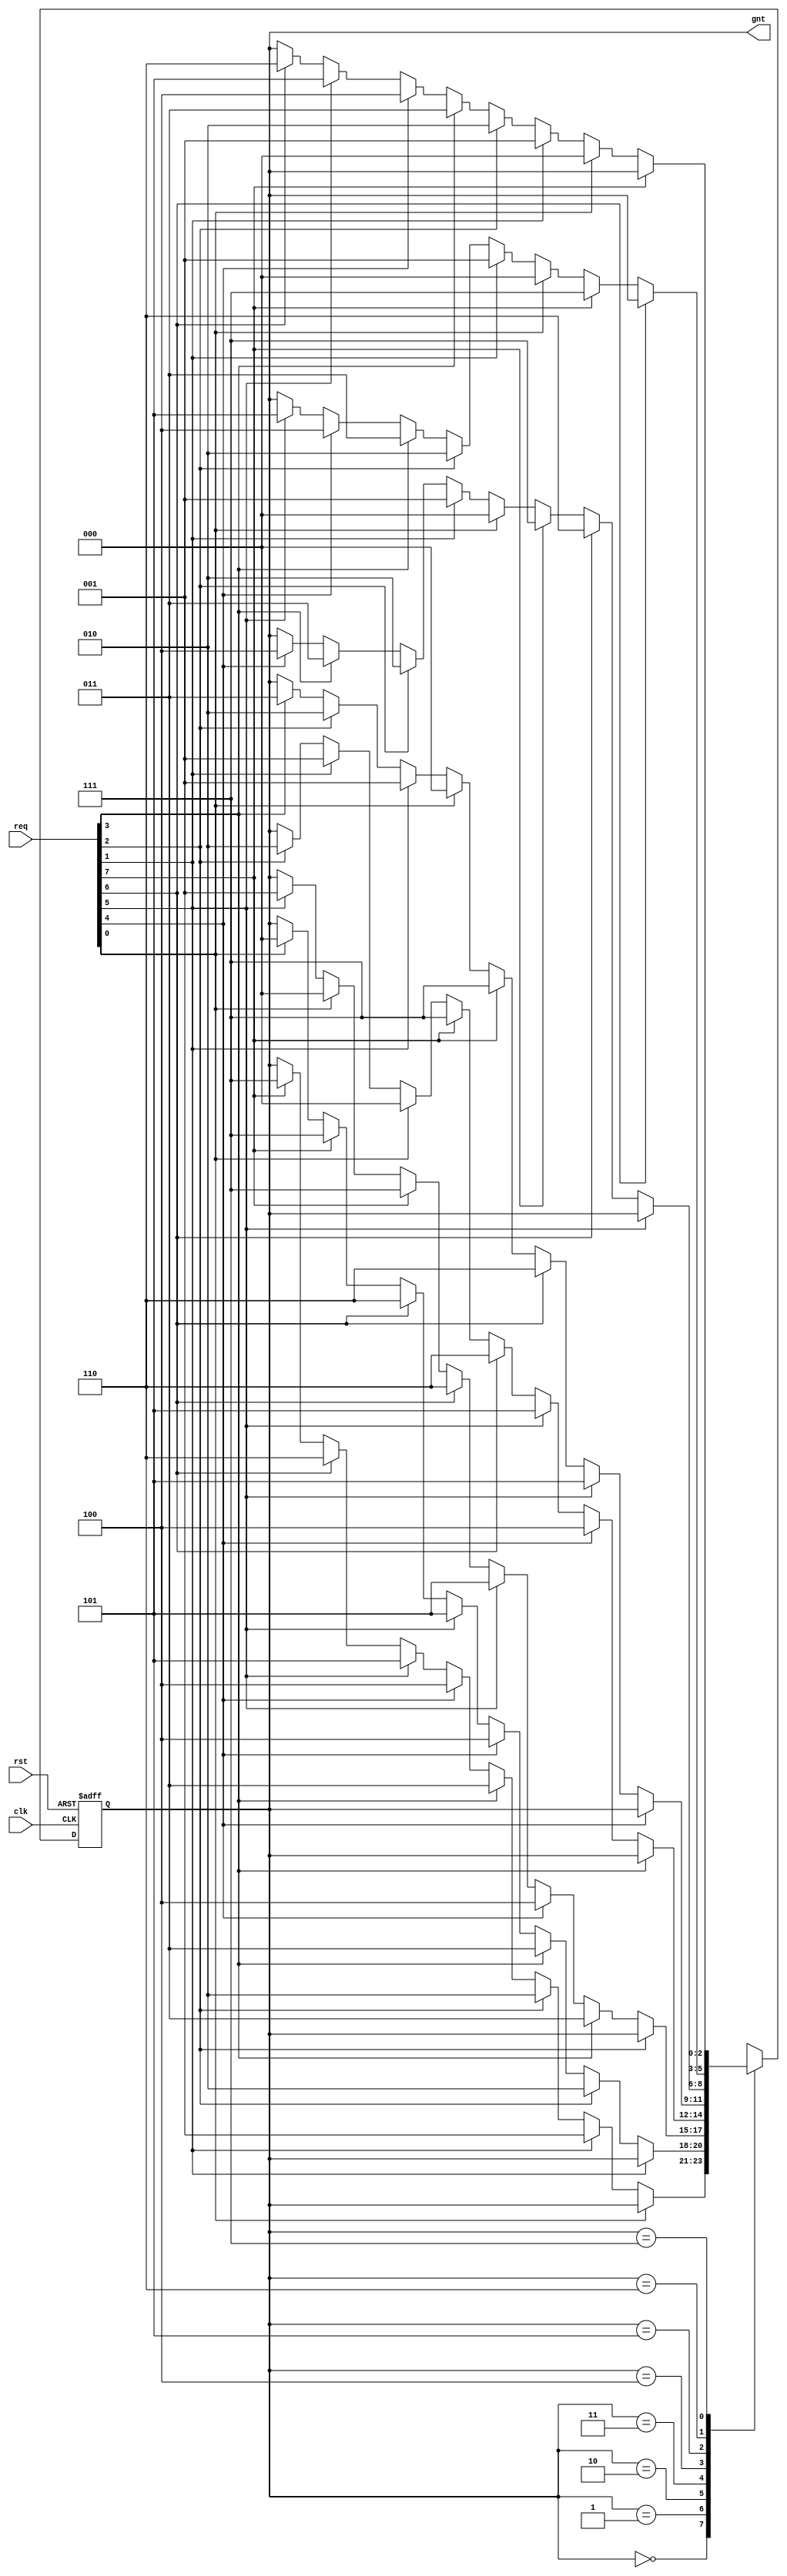
module wb_conbus_arb(clk, rst, req, gnt);

input		clk;
input		rst;
input	[7:0]	req;		// Req input
output	[2:0]	gnt; 		// Grant output conceder salida
//input		next;		// Next Target

///////////////////////////////////////////////////////////////////////
//
// Parameters
//


parameter	[2:0]
                grant0 = 3'h0,
                grant1 = 3'h1,
                grant2 = 3'h2,
                grant3 = 3'h3,
                grant4 = 3'h4,
                grant5 = 3'h5,
                grant6 = 3'h6,
                grant7 = 3'h7;

///////////////////////////////////////////////////////////////////////
//
// Local Registers and Wires
//

reg [2:0]	state, next_state;

///////////////////////////////////////////////////////////////////////
//
//  Misc Logic 
//

assign	gnt = state;

always@(posedge clk or posedge rst)
	if(rst)		state <= grant0;
	else		state <= next_state;

///////////////////////////////////////////////////////////////////////
//
// Next State Logic
//   - implements round robin arbitration algorithm comenzando desde el primer elemeto de la lista hasta llegar al ultimo y luego vuvle de nuevo al primero
//   - switches grant if current req is dropped or next is asserted
//   - parks at last grant
//

always@(state or req )
   begin
	next_state = state;	// Default Keep State
	case(state)		// synopsys parallel_case full_case
 	   grant0:
		// if this req is dropped or next is asserted, check for other req's
		if(!req[0] )
		   begin
			if(req[1])	next_state = grant1;
			else
			if(req[2])	next_state = grant2;
			else
			if(req[3])	next_state = grant3;
			else
			if(req[4])	next_state = grant4;
			else
			if(req[5])	next_state = grant5;
			else
			if(req[6])	next_state = grant6;
			else
			if(req[7])	next_state = grant7;
		   end
 	   grant1:
		// if this req is dropped or next is asserted, check for other req's
		if(!req[1] )
		   begin
			if(req[2])	next_state = grant2;
			else
			if(req[3])	next_state = grant3;
			else
			if(req[4])	next_state = grant4;
			else
			if(req[5])	next_state = grant5;
			else
			if(req[6])	next_state = grant6;
			else
			if(req[7])	next_state = grant7;
			else
			if(req[0])	next_state = grant0;
		   end
 	   grant2:
		// if this req is dropped or next is asserted, check for other req's
		if(!req[2] )
		   begin
			if(req[3])	next_state = grant3;
			else
			if(req[4])	next_state = grant4;
			else
			if(req[5])	next_state = grant5;
			else
			if(req[6])	next_state = grant6;
			else
			if(req[7])	next_state = grant7;
			else
			if(req[0])	next_state = grant0;
			else
			if(req[1])	next_state = grant1;
		   end
 	   grant3:
		// if this req is dropped or next is asserted, check for other req's
		if(!req[3] )
		   begin
			if(req[4])	next_state = grant4;
			else
			if(req[5])	next_state = grant5;
			else
			if(req[6])	next_state = grant6;
			else
			if(req[7])	next_state = grant7;
			else
			if(req[0])	next_state = grant0;
			else
			if(req[1])	next_state = grant1;
			else
			if(req[2])	next_state = grant2;
		   end
 	   grant4:
		// if this req is dropped or next is asserted, check for other req's
		if(!req[4] )
		   begin
			if(req[5])	next_state = grant5;
			else
			if(req[6])	next_state = grant6;
			else
			if(req[7])	next_state = grant7;
			else
			if(req[0])	next_state = grant0;
			else
			if(req[1])	next_state = grant1;
			else
			if(req[2])	next_state = grant2;
			else
			if(req[3])	next_state = grant3;
		   end
 	   grant5:
		// if this req is dropped or next is asserted, check for other req's
		if(!req[5] )
		   begin
			if(req[6])	next_state = grant6;
			else
			if(req[7])	next_state = grant7;
			else
			if(req[0])	next_state = grant0;
			else
			if(req[1])	next_state = grant1;
			else
			if(req[2])	next_state = grant2;
			else
			if(req[3])	next_state = grant3;
			else
			if(req[4])	next_state = grant4;
		   end
 	   grant6:
		// if this req is dropped or next is asserted, check for other req's
		if(!req[6] )
		   begin
			if(req[7])	next_state = grant7;
			else
			if(req[0])	next_state = grant0;
			else
			if(req[1])	next_state = grant1;
			else
			if(req[2])	next_state = grant2;
			else
			if(req[3])	next_state = grant3;
			else
			if(req[4])	next_state = grant4;
			else
			if(req[5])	next_state = grant5;
		   end
 	   grant7:
		// if this req is dropped or next is asserted, check for other req's
		if(!req[7] )
		   begin
			if(req[0])	next_state = grant0;
			else
			if(req[1])	next_state = grant1;
			else
			if(req[2])	next_state = grant2;
			else
			if(req[3])	next_state = grant3;
			else
			if(req[4])	next_state = grant4;
			else
			if(req[5])	next_state = grant5;
			else
			if(req[6])	next_state = grant6;
		   end
	endcase
   end

endmodule